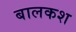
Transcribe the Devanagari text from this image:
बालकश